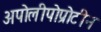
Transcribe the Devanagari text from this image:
अपोलीपोप्रोटीन